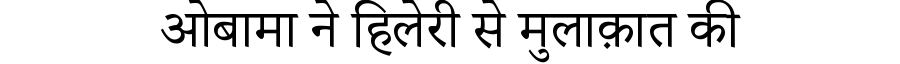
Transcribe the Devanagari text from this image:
ओबामा ने हिलेरी से मुलाक़ात की